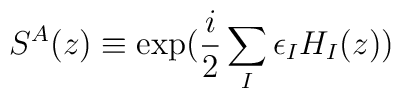
S^A(z) \equiv \exp( \frac{i}{2}\sum_I \epsilon_IH_I(z) )